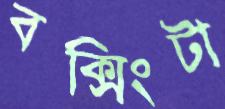
বক্সিংটা